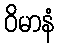
ဝိမာနံ